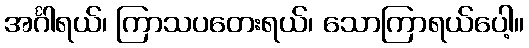
အင်္ဂါရယ်၊ ကြာသပတေးရယ်၊ သောကြာရယ်ပေါ့။